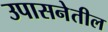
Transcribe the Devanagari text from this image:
उपासनेतील